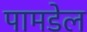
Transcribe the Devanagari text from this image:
पामडेल